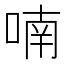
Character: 喃